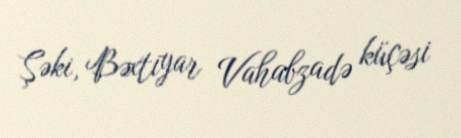
Şəki, Bəxtiyar Vahabzadə küçəsi